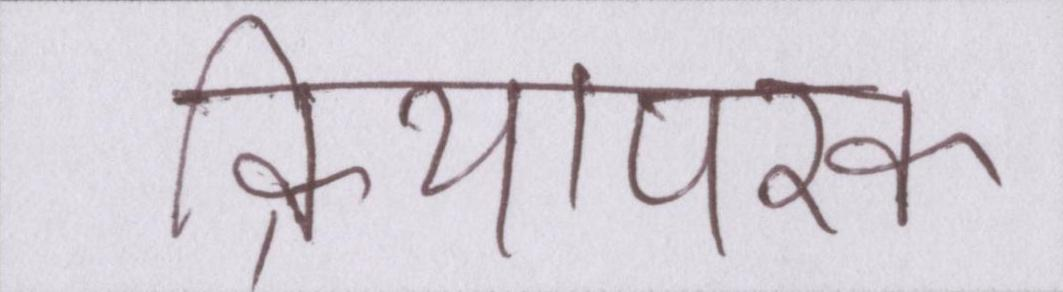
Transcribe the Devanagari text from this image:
क्रियापरक